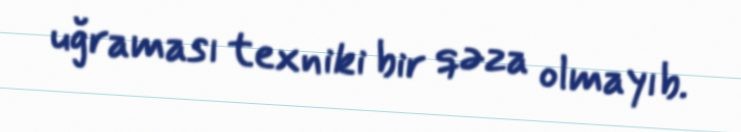
uğraması texniki bir qəza olmayıb.